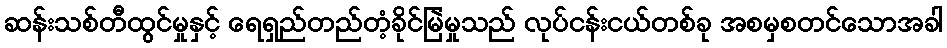
ဆန်းသစ်တီထွင်မှုနှင့် ရေရှည်တည်တံ့ခိုင်မြဲမှုသည် လုပ်ငန်းငယ်တစ်ခု အစမှစတင်သောအခါ